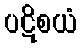
ပဋိစယံ